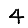
Digit: 4